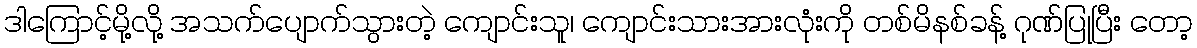
ဒါကြောင့်မို့လို့ အသက်ပျောက်သွားတဲ့ ကျောင်းသူ၊ ကျောင်းသားအားလုံးကို တစ်မိနစ်ခန့် ဂုဏ်ပြုပြီး တော့